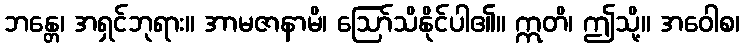
ဘန္တေ၊ အရှင်ဘုရား။ အာမဇာနာမိ၊ ဩော်သိနိုင်ပါ၏။ ဣတိ၊ ဤသို့။ အဝေါစ၊